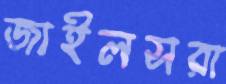
জাইলসরা